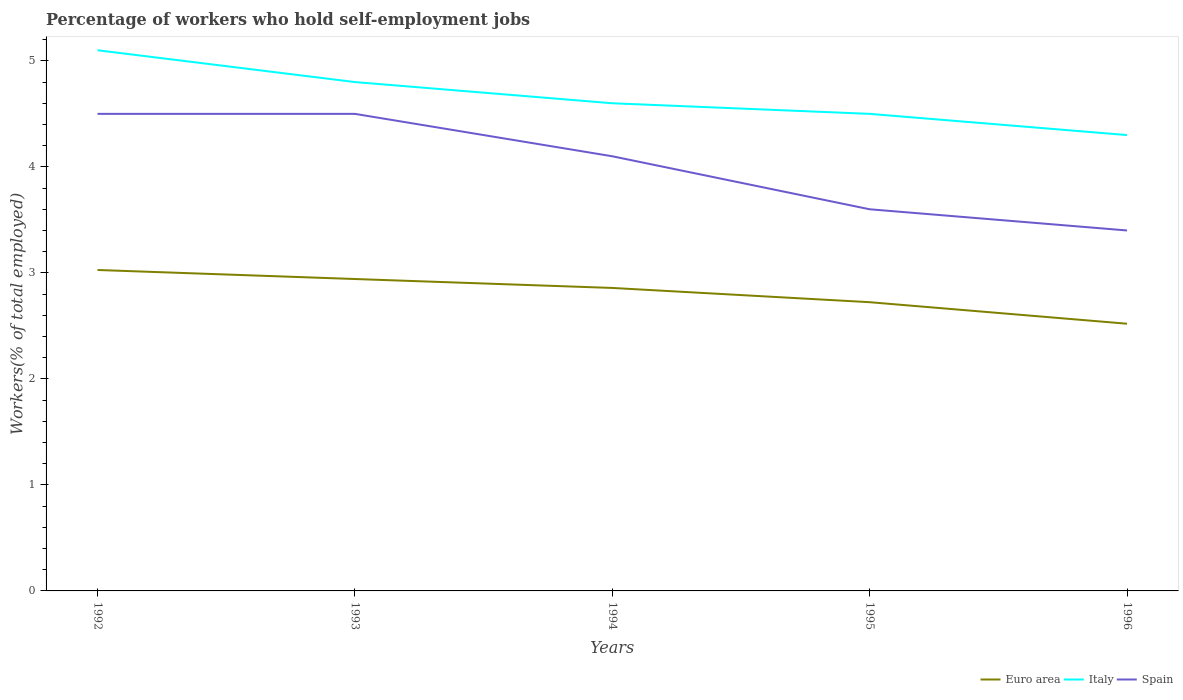
| Years | Euro area | Italy | Spain |
 | --- | --- | --- | --- |
 | 1992 | 3.03 | 5.1 | 4.5 |
 | 1993 | 2.94 | 4.8 | 4.5 |
 | 1994 | 2.86 | 4.6 | 4.1 |
 | 1995 | 2.72 | 4.5 | 3.6 |
 | 1996 | 2.52 | 4.3 | 3.4 |